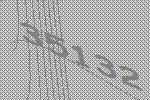
35132